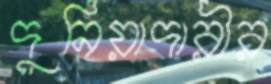
দুনিয়াদারীর